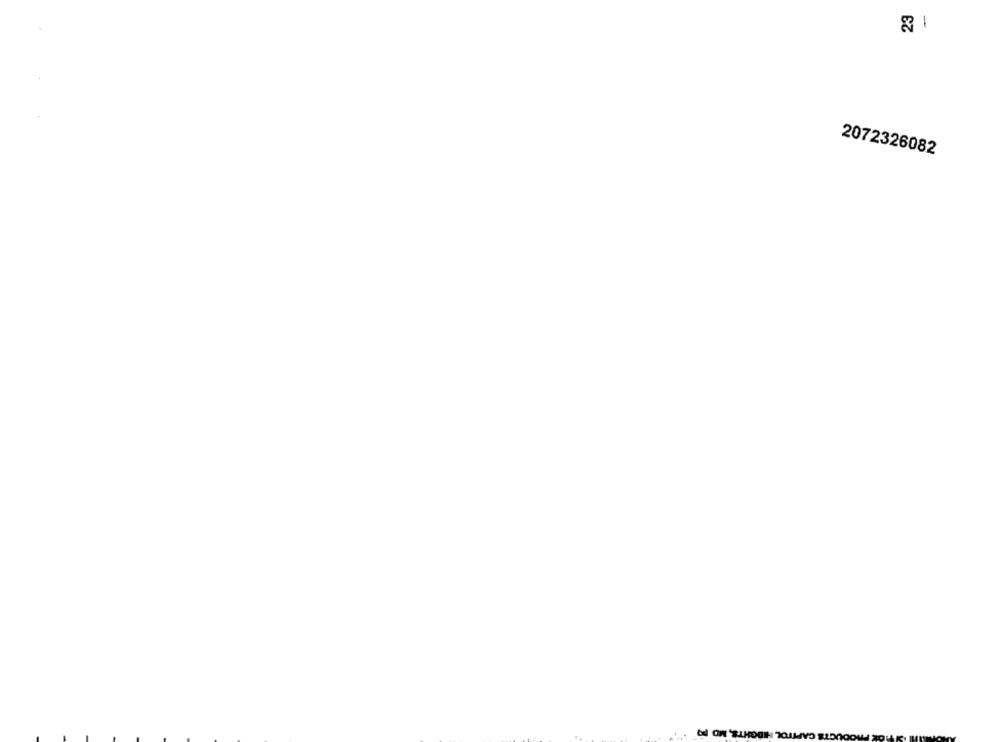
-
2072326082
IGHTS, MO PQ